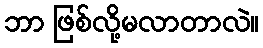
ဘာ ဖြစ်လို့မလာတာလဲ။